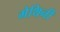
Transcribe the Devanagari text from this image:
मेथिनी